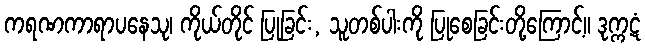
ကရဏကာရာပနေသု၊ ကိုယ်တိုင် ပြုခြင်း, သူတစ်ပါးကို ပြုစေခြင်းတို့ကြောင့်။ ဒုက္ကဋံ